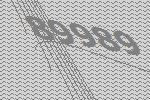
89989